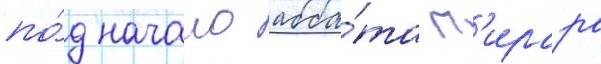
по́д начало абба́та п'ирара